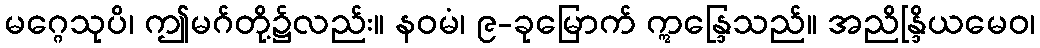
မဂ္ဂေသုပိ၊ ဤမဂ်တို့၌လည်း။ နဝမံ၊ ၉-ခုမြောက် ဣန္ဒြေသည်။ အညိန္ဒြိယမေဝ၊